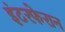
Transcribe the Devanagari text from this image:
इंटरफेरान